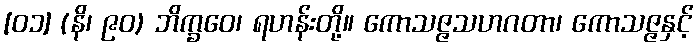
[၀၁] (နိ၊ ၉၀) ဘိက္ခဝေ၊ ရဟန်းတို့။ ကောသဇ္ဇသဟဂတာ၊ ကောသဇ္ဇနှင့်